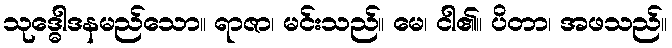
သုဒ္ဓေါဒနမည်သော။ ရာဇာ၊ မင်းသည်။ မေ၊ ငါ၏။ ပိတာ၊ အဖသည်။